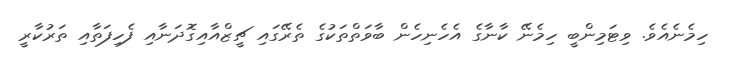
ހިމެނެއެވެ. ވިޓަމިންބީ ހިމެނޭ ކާނާގެ އެހެނިހެން ބާވަތްތަކުގެ ތެރޭގައި ޗީޒްއާއިގޮދަނާއި ފެހިފަތާއި ތަރުކާރީ